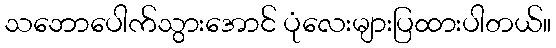
သဘောပေါက်သွားအောင် ပုံလေးများပြထားပါတယ်။